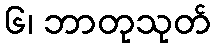
၆၊ ဘာတုသုတ်